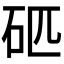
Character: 𥐵